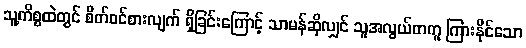
သူ့ကိစ္စထဲတွင် စိတ်ဝင်စားလျက် ရှိခြင်းကြောင့် သာမန်ဆိုလျှင် သူအလွယ်တကူ ကြားနိုင်သော